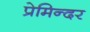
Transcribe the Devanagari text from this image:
प्रेमिन्दर